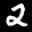
Label: 2